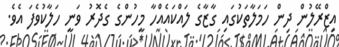
އިޒްރޭލުން ދިން ހަމަލާތަކުގައި ގާޒާގެ ލައްކައެއްހާ މީހުންގެ ގެދޮރު ވަނީ ހަލާކުވެފަ އެވެ.